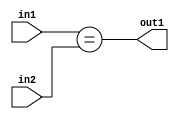
`timescale 1ps / 1ps
/*****************************************************************************
    Verilog RTL Description
    
    
    Created by: Stratus DpOpt 2019.1.01 
*******************************************************************************/

module cache_Equal_8Ux1U_1U_4 (
	in2,
	in1,
	out1
	); /* architecture "behavioural" */ 
input [7:0] in2;
input  in1;
output  out1;
wire  asc001;

assign asc001 = (in1==in2);

assign out1 = asc001;
endmodule

/* CADENCE  urf5SgA= : u9/ySgnWtBlWxVPRXgAZ4Og= ** DO NOT EDIT THIS LINE ******/